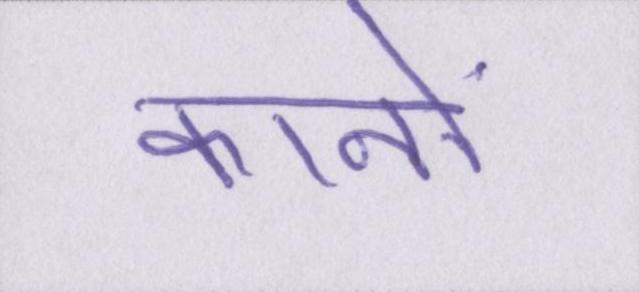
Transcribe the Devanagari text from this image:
कानों